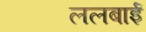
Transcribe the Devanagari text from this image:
ललबाई